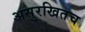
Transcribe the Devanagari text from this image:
असुरखितच